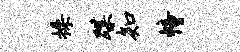
操蹀知幢